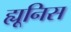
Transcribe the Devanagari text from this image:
ह्यूनिस